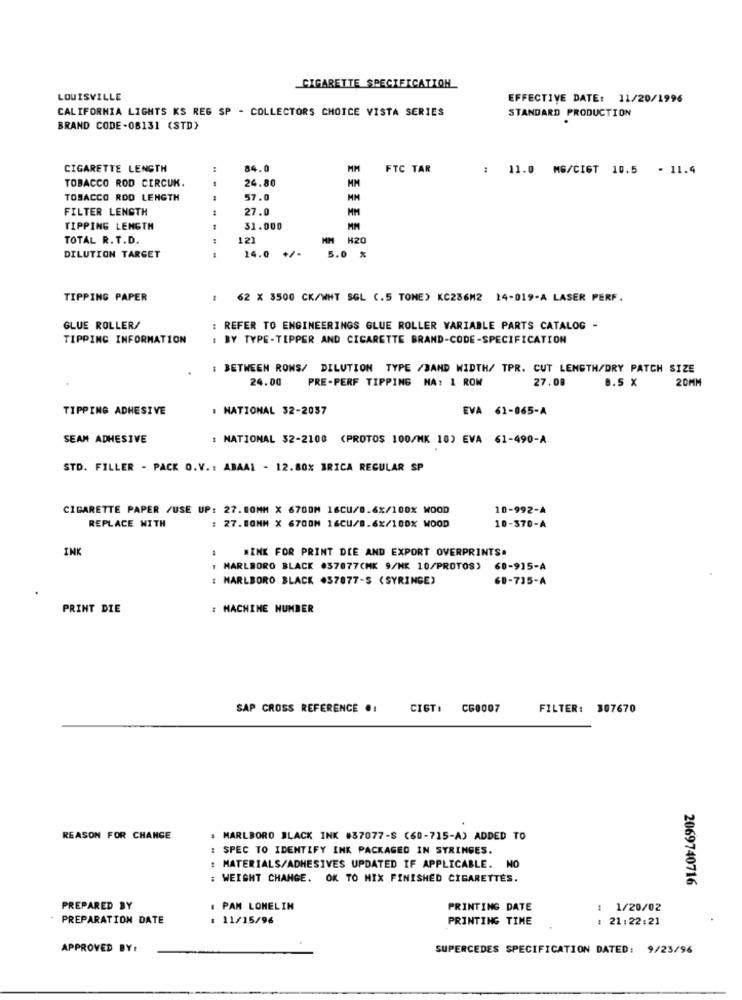
CIGARETTE SPECIFICATION
LOUISVILLE
EFFECTIVE DATE: 11/20/1996
CALIFORNIA LIGHTS KS REG SP - COLLECTORS CHOICE VISTA SERIES
STANDARD PRODUCTION
BRAND CODE-08131 (STD)
CIGARETTE LENGTH
:
84.0
MM
FTC TAR
: 11.0 MG/CIGT 10.5 - 11.4
TOBACCO ROD CIRCUK.
24.80
MM
TOBACCO ROD LENGTH
57.0
FILTER LENGTH
27.0
TIPPING LENGTH
31.000
TOTAL R. T.D.
12)
MM H20
----
14.0 +/-
5.0 %
DILUTION TARGET
TIPPING PAPER
62 X 3500 CK/WHT SGL (.5 TONE) KC236M2 14-019-A LASER PERF.
GLUE ROLLER/
: REFER TO ENGINEERINGS GLUE ROLLER VARIABLE PARTS CATALOG -
TIPPING INFORMATION
BY TYPE-TIPPER AND CIGARETTE BRAND-CODE-SPECIFICATION
BETWEEN ROWS/ DILUTION TYPE /BAND WIDTH/ TPR. CUT LENGTH/DRY PATCH SIZE
24.00
PRE-PERF TIPPING NA: 1 ROW
27.08
8.5 X
20MM
TIPPING ADHESIVE
. NATIONAL 32-2037
EVA 61-065-A
SEAM ADHESIVE
: NATIONAL 32-2100 (PROTOS 100/MK 10) EVA 61-490-A
STD. FILLER - PACK O.V .: ABAAL - 12.80% BRICA REGULAR SP
CIGARETTE PAPER /USE UP: 27.80MM X 6700M 16CU/8.6%/100% MOOD
10-992-A
REPLACE WITH
10-370-A
: 27.80MM X 6700M 16CU/8.6%/100% WOOD
INK
MINK FOR PRINT DIE AND EXPORT OVERPRINTS.
MARLBORO BLACK 057877(MK 9/ME 10/PROTOS) 60-9]5-A
: MARLBORO BLACK 437077-S ( SYRINGE)
60-715-A
PRINT DIE
: MACHINE NUMBER
SAP CROSS REFERENCE ..
CIGT:
C60007
FILTER: 307670
REASON FOR CHANGE
: MARLBORO BLACK INK #37077-S (60-715-A) ADDED TO
: SPEC TO IDENTIFY INK PACKAGED IN SYRINGES.
: MATERIALS/ADHESIVES UPDATED IF APPLICABLE. NO
: WEIGHT CHANGE. OK TO MIX FINISHED CIGARETTES.
2069740716
PREPARED BY
: PAN LOMELIN
PRINTING DATE
: 1/20/02
PREPARATION DATE
: 11/15/96
PRINTING TIME
: 21:22:21
APPROVED BY:
SUPERCEDES SPECIFICATION DATED: 9/23/96